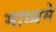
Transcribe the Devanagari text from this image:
माध्‍यमे